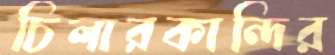
চিলারকান্দির